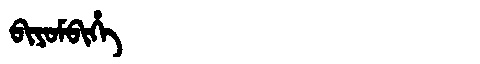
Manchu: ᠪᡳᠶᠣᠮᠪᡳᡥᡝ
Romanization: BIYOMBIHE